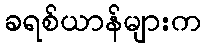
ခရစ်ယာန်များက